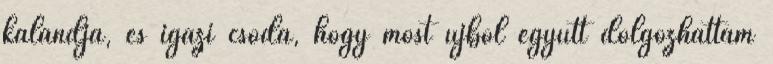
kalandja, és igazi csoda, hogy most újból együtt dolgozhattam